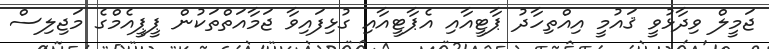
ޖަމީލް ވިދާޅުވީ ޤައުމީ އިއްތިހާދު ޕާޓީއާއި އެޕާޓީއާއި ގުޅިފައިވާ ޖަމާއަތްތަކުން ޕީޕީއެމްގެ މަޖިލިސް